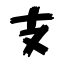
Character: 支